Burma Government Medical School reports 1923-41
Year: 1923
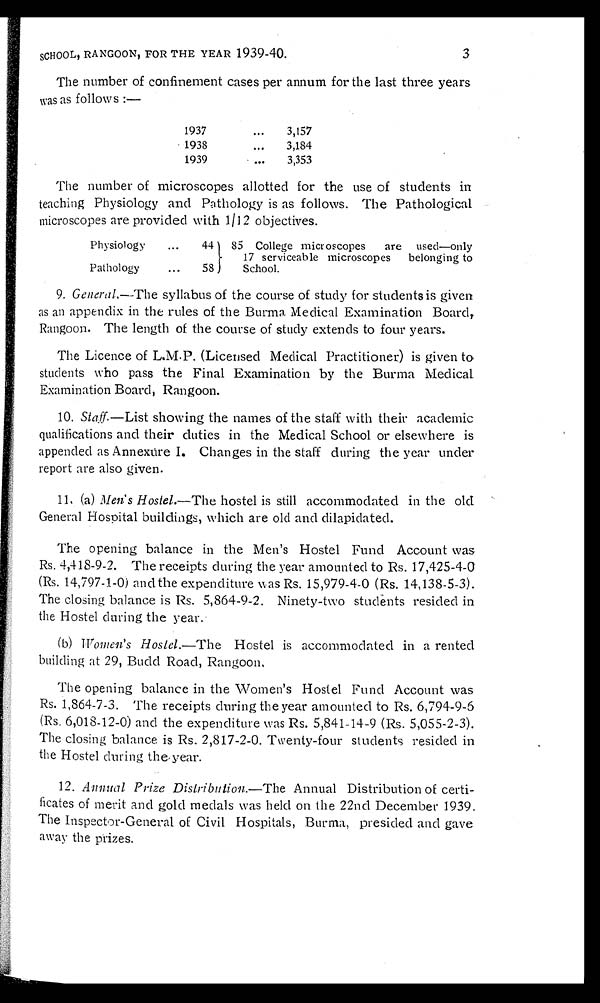
SCHOOL, RANGOON, FOR THE YEAR 1939-40.
3
The number of confinement cases per annum for the last three years
was as follows :—
1937 . . .
3,157
1938 . . .
3,184
1939 . . .
3,353
The number of microscopes allotted for the use of students in
teaching Physiology and Pathology is as follows. The Pathological
microscopes are provided with 1/12 objectives.
Physiology . . .
44
85 College microscopes are used—only
17 serviceable microscopes belonging to
School.
Pathology . . .
58
9. General.—The syllabus of the course of study for students is given
as an appendix in the rules of the Burma. Medical Examination Board,
Rangoon. The length of the course of study extends to four years.
The Licence of L.M.P. (Licensed Medical Practitioner) is given to
students who pass the Final Examination by the Burma Medical
Examination Board, Rangoon.
10. Staff—List showing the names of the staff with their academic
qualifications and their duties in the Medical School or elsewhere is
appended as Annexure I. Changes in the staff during the year under
report are also given.
11. (a) Men's Hostel. —The hostel is still accommodated in the old
General Hospital buildings, which are old and dilapidated.
The opening balance in the Men's Hostel Fund Account was
Rs. 4,418-9-2. The receipts during the year amounted to Rs. 17,425-4-0
(Rs. 14,797-1-0) and the expenditure was Rs. 15,979-4-0 (Rs. 14,138-5-3).
The closing balance is Rs. 5,864-9-2. Ninety-two students resided in
the Hostel during the year.
(b) Women's Hostel. —The Hostel is accommodated in a rented
building at 29, Budd Road, Rangoon,
The opening balance in the Women's Hostel Fund Account was
Rs. 1,864-7-3. The receipts during the year amounted to Rs. 6,794-9-6
(Rs. 6,018-12-0) and the expenditure was Rs. 5,841-14-9 (Rs. 5,055-2-3).
The closing balance is Rs. 2,817-2-0. Twenty-four students resided in
the Hostel during the year.
12. Annual Prize Distribution. —The Annual Distribution of certi-
ficates of merit and gold medals was held on the 22nd December 1939.
The Inspector-General of Civil Hospitals, Burma, presided and gave
away the prizes.